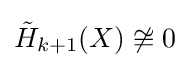
{\tilde {H}}_{k+1}(X)\not \cong 0